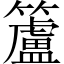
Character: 籚